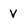
Character: V